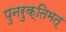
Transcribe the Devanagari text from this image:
पुनरुक्तिमत्